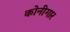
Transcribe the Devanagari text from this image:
कोनीगार